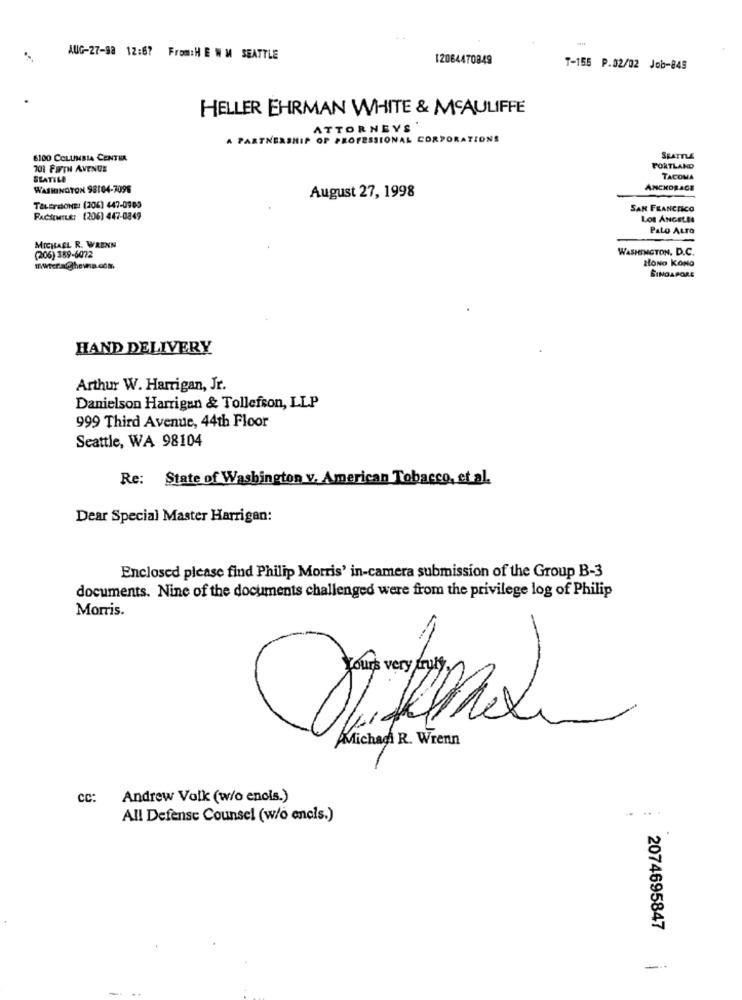
AUG-27-98 12:67 From:H E W M SEATTLE
12064470849
T-155 P.02/02 Job-845
HELLER EHRMAN WHITE & MCAULIFFE
ATTORNEYS
A PARTNERSHIP OF PROFESSIONAL CORPORATIONS
6100 COLUMBIA CENTER
SEATTLE
701 FIFTH AVENUE
PORTLAND
SEATTLE
TACOMA
WASHINGTON 98104-7096
August 27, 1998
ANCHORAGE
TELEFONE: (206) 447-0909
SAN FRANCHICO
FACSIMILE: (206) 447-0849
Los ANGELES
Pato Auro
MICHAEL R. WRENN
WASHINGTON, D.C.
(206) 389-6072
HONG KONG
SINGAPORE
HAND DELIVERY
Arthur W. Harrigan, Jr.
Danielson Harrigan & Tollefson, LLP
999 Third Avenue, 44th Floor
Seattle, WA 98104
Re: State of Washington v. American Tobacco, et al.
Dear Special Master Harrigan:
Enclosed please find Philip Morris' in-camera submission of the Group B-3
documents. Nine of the documents challenged were from the privilege log of Philip
Morris.
Michael R. Wrenn
CC:
Andrew Volk (w/o enols.)
All Defense Counsel (w/o encis.)
2074695847